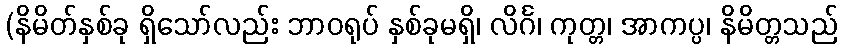
(နိမိတ်နှစ်ခု ရှိသော်လည်း ဘာဝရုပ် နှစ်ခုမရှိ၊ လိင်္ဂ၊ ကုတ္တ၊ အာကပ္ပ၊ နိမိတ္တသည်